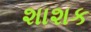
શાશક